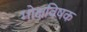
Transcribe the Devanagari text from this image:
मोक्षविषक